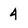
Character: 4